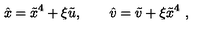
\hat { x } = \tilde { x } ^ { 4 } + \xi \tilde { u } , \qquad \hat { v } = \tilde { v } + \xi \tilde { x } ^ { 4 } \ ,